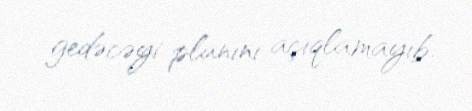
gedəcəyi planını açıqlamayıb.